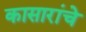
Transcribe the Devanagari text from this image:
कासारांचे